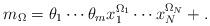
LaTeX: \begin{gather*}m_\Omega=\theta_1 \cdots \theta_m x_1^{\Omega_1} \cdots x_N^{\Omega_N}+.\end{gather*}